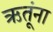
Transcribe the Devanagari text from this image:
ऋतूंना